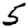
Digit: 5